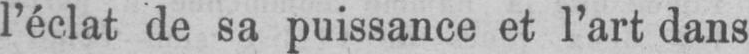
l’éclat de sa puissance et l’art dans